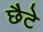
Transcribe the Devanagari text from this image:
छैटे